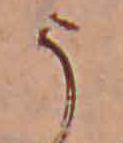
う